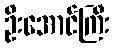
ဦးအောင်ကြီး